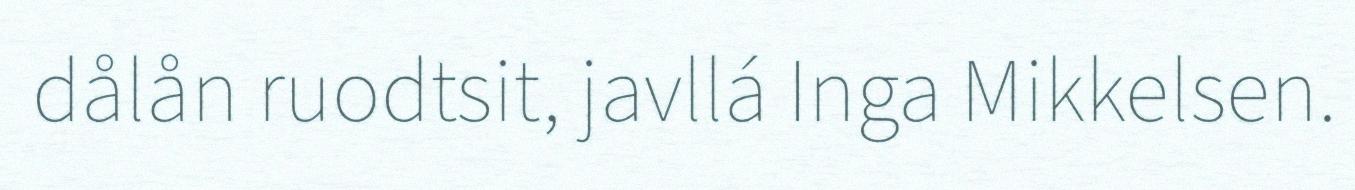
dålån ruodtsit, javllá Inga Mikkelsen.